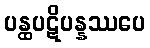
ပန္ထပဋိပန္နဿပေ